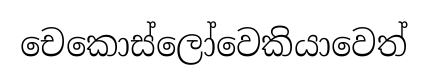
චෙකොස්ලෝවෙකියාවෙත්